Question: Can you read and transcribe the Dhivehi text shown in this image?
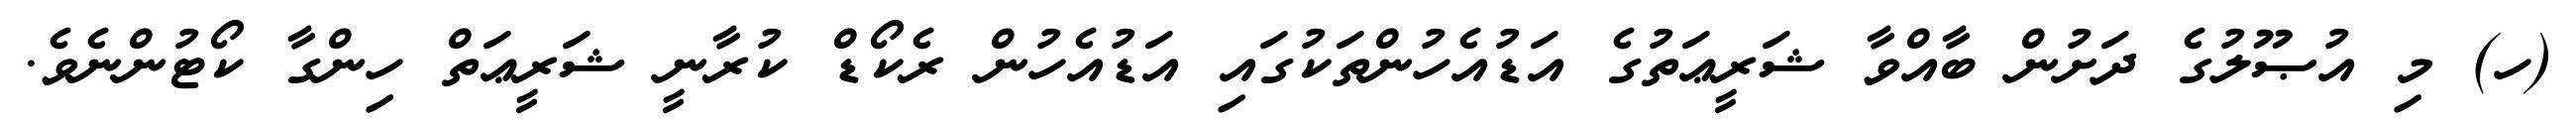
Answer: (ހ) މި އުޞޫލުގެ ދަށުން ބާއްވާ ޝަރީޢަތުގެ އަޑުއެހުންތަކުގައި އަޑުއެހުން ރެކޯޑް ކުރާނީ ޝަރީޢަތް ހިންގާ ކޯޓުންނެވެ.